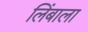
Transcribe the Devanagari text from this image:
लिंबाला